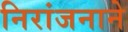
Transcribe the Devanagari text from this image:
निरांजनाने